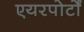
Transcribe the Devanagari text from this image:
एयरपोर्टों